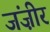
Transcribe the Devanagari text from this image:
जंज़ीर